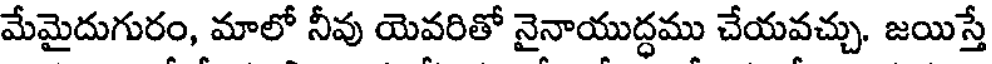
మేమైదుగురం, మాలో నీవు యెవరితో నైనాయుద్ధము చేయవచ్చు. జయిస్తే